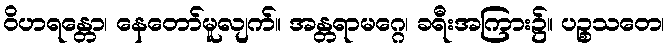
ဝိဟရန္တော၊ နေတော်မူလျက်။ အန္တရာမဂ္ဂေ၊ ခရီးအကြား၌။ ပဉ္စသတေ၊